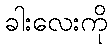
ခါးလေးကို